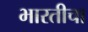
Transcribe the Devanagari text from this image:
भारतीचा